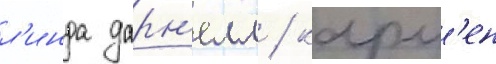
л'инда дарн'елл / карм'ен